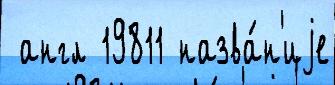
 англ 19811 назва́н'иjе